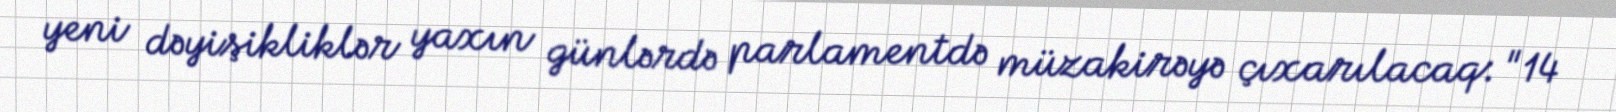
yeni dəyişikliklər yaxın günlərdə parlamentdə müzakirəyə çıxarılacaq: "14